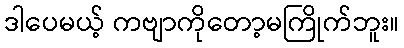
ဒါပေမယ့် ကဗျာကိုတော့မကြိုက်ဘူး။